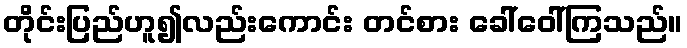
တိုင်းပြည်ဟူ၍လည်းကောင်း တင်စား ခေါ်ဝေါ်ကြသည်။